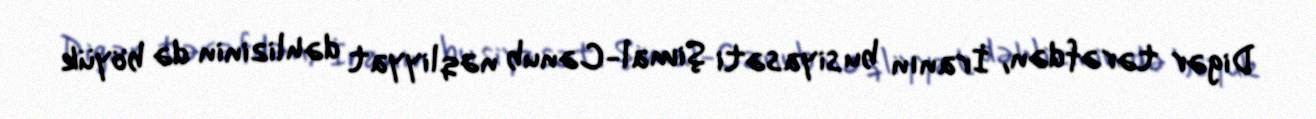
Digər tərəfdən, İranın bu siyasəti Şimal-Cənub nəqliyyat dəhlizinin də böyük